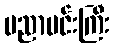
ပညာမင်းကြီး